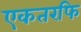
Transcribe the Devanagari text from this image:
एकतरफि